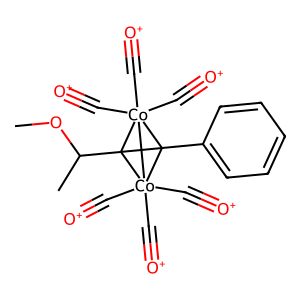
SMILES: COC(C)C12C3(c4ccccc4)[Co]1(C#[O+])(C#[O+])(C#[O+])[Co]32(C#[O+])(C#[O+])C#[O+]
Inhibits HIV replication: No